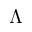
\Lambda